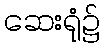
ဆေးရုံ၌